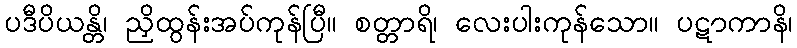
ပဒီပိယန္တိ၊ ညှိထွန်းအပ်ကုန်ပြီ။ စတ္တာရိ၊ လေးပါးကုန်သော။ ပဋာကာနိ၊